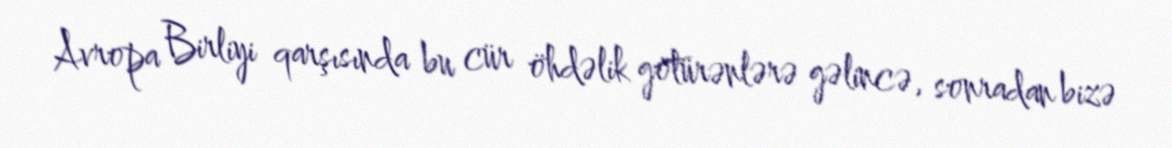
Avropa Birliyi qarşısında bu cür öhdəlik götürənlərə gəlincə, sonradan bizə